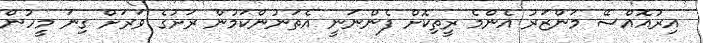
އިރުއޮއްސޭ މަންޒަރު އެންމެ ރީތިކޮށް ފެންނަނީ އެތަނުންކަމުން ރަށުގެ ވަރަށް ގިނަ މީހުން